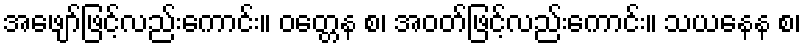
အဖျော်ဖြင့်လည်းကောင်း။ ဝတ္တေန စ၊ အဝတ်ဖြင့်လည်းကောင်း။ သယနေန စ၊